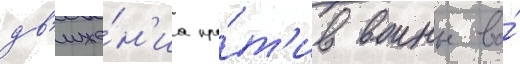
дв'иже́н'иа про́т'ив воины во́